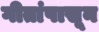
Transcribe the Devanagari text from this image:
गीतांपासून